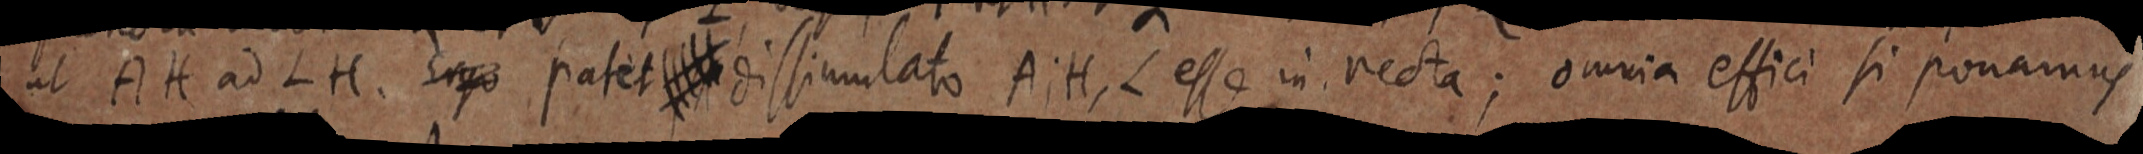
ut AH ad LH. Ergo patet _ dissimulato A; H, L esse in recta; omnia effici si ponamus